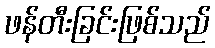
ဖန်တီးခြင်းဖြစ်သည်